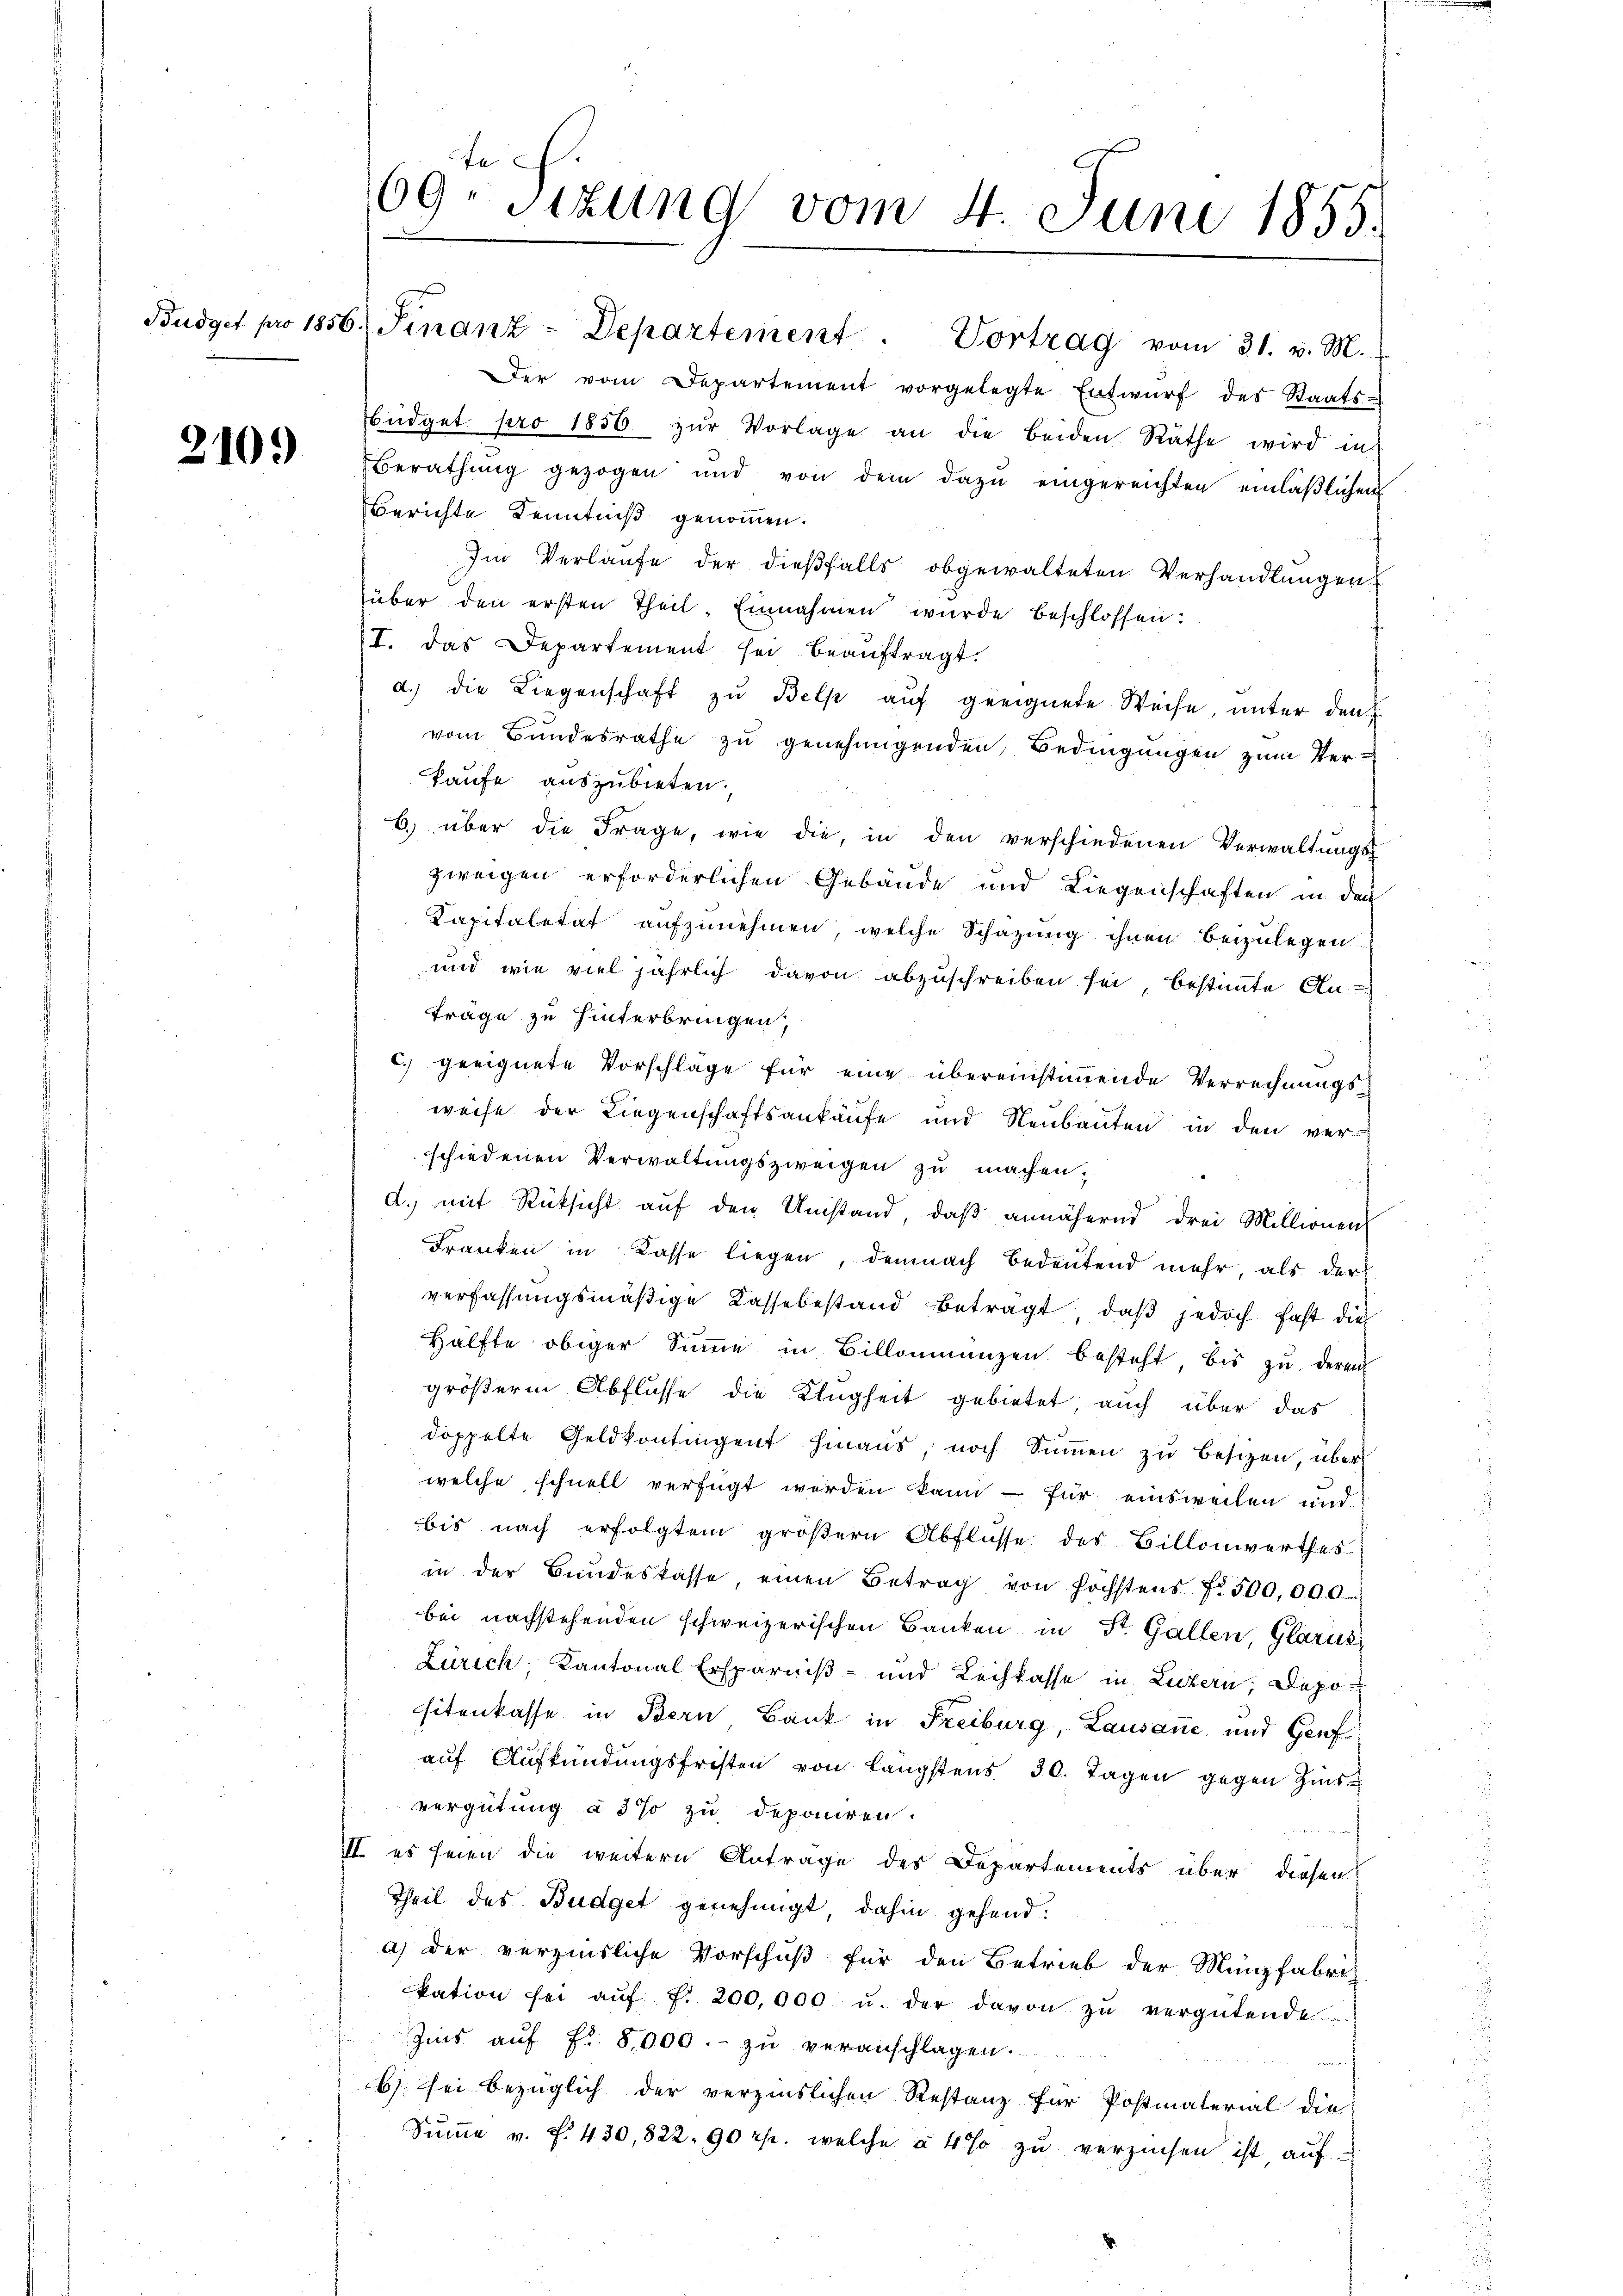
2109

ta
69. Sizung vom 4. Juni 1855.

Budget pro 1856. Finanz-Departement . Vortrag vom 31. v. M.

Der vom Departement vorgelegte Entwŭrf des Staats-
büdget pro 1856 zŭr Vorlage an die beiden Räthe wird in
Berathŭng gezogen und von dem dazŭ eingereichten einläβlichen
Berichte Kenntniß genommen.
Im Verlaufe der dießfalls obgewalteten Verhandlungen
über den ersten Theil. Einnahmen wurde beschlossen:
I. Das Departement sei beaŭftragt.
d.) die Liegenschaft zu Belp auf geeignete Weise, unter den
vom Bundesrathe zu genehmigenden Bedingungen zum Verkaufe auszubieten.
6) über die Frage, wie die, in den verschiedenen Verwaltŭngs-
zweigen erforderlichen Gebäude und Liegenschaften in den
Kapitalität aufzunehmen, welche Schazung ihnen beizulegen
und wie viel jährlich davon abzuschreiben sei, bestimmte An-
träge zu hinterbringen,
c. geeignete Vorschläge für eine übereinstimmende Verrechnungs-
weise der Liegenschaftsankäufe und Neubauten in den verschiedenen Verwaltungszweigen zu machen.
d.) mit Rücksicht auf den Umstand, daß annähernd drei Millionen
Franken in Kasse liegen, demnach Bedeutend mehr, als der
verfassungsmäßige Kasse bestand betragt, daß jedoch fast die
Hälfte obiger Summe in Billonmanzen besteht, bis zu deren
größern Abflusse die Klugheit gebietet, auch über das
doppelte Geldkontingent hinaus, noch Summen zu besizen, überwelche schnell verfügt werden kann - für einsweilen und
bis nach erfolgtem größern Abflüsse des Billonwerthes
in der Bundeskasse, einen Betrag von höchstens No. 500,000.
bei nachstehenden schweizerischen Banken in St. Gallen, Glarus
Zürich, Kantonal Ersparniß- und Leihkasse in Luzern, Depositenkasse in Bern Bank in Freiburg, Lausane und Genfauf Aufkündungsfristen von längstens 30. Tagen gegen Zins
vergütung à 3% zu deponiren.
II es seien die weitern Anträge des Departements über diesen
Theil des Budget genehmigt, dahin gehend.
a) der verzinsliche Vorschuß für den Betrieb der Münzfabri
kation sei aŭf f. 200,000 u. der davon zŭ vergütende
Zins aŭf fr. 8,000.- zŭ veranschlagen.
b) sei bezüglich der verzinslichen Restanz für Postmaterial die
Sŭṁe v. f. 430,822. 90 rp. welche à 4% zŭ verzinsen ist, auf